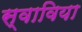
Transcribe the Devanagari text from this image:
स्वाविया